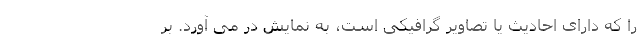
را که دارای احادیث یا تصاویر گرافیکی است، به نمایش در می آورد. بر